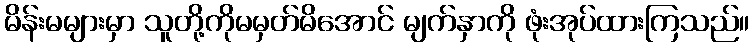
မိန်းမများမှာ သူတို့ကိုမမှတ်မိအောင် မျက်နှာကို ဖုံးအုပ်ထားကြသည်။